Indian journal of veterinary science and animal husbandry - Volumes 18-21, 1948-1951
Year: 1948
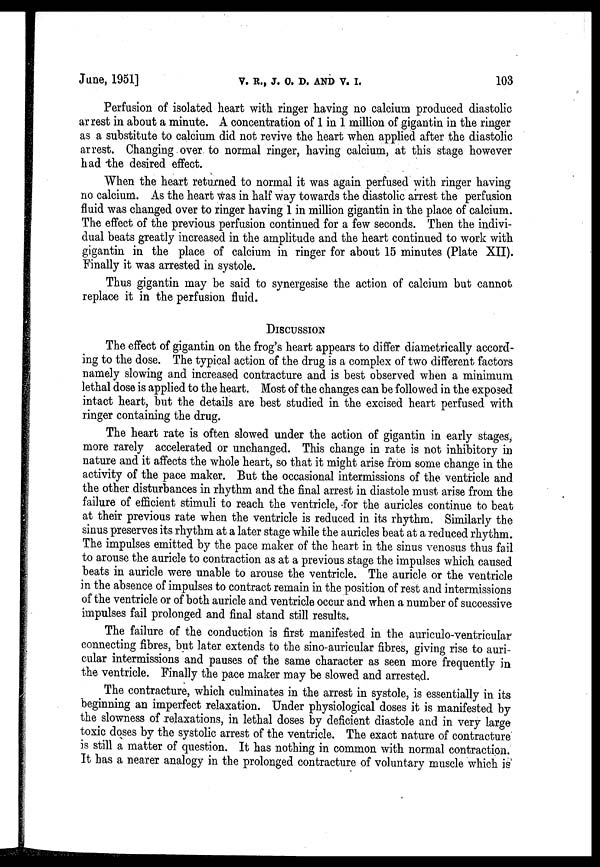
June, 1951]
V.
R.,
J.
O.
D.
AND
V.
I
103
Perfusion of isolated heart with ringer having no calcium produced diastolic
arrest in about a minute. A concentration of 1 in 1 million of gigantin in the ringer
as a substitute to calcium did not revive the heart when applied after the diastolic
arrest. Changing over to normal ringer, having calcium, at this stage however
had the desired effect.
When the heart returned to normal it was again perfused with ringer having
no calcium. As the heart was in half way towards the diastolic arrest the perfusion
fluid was changed over to ringer having 1 in million gigantin in the place of calcium.
The effect of the previous perfusion continued for a few seconds. Then the indivi-
dual beats greatly increased in the amplitude and the heart continued to work with
gigantin in the place of calcium in ringer for about 15 minutes (Plate XII).
Finally it was arrested in systole.
Thus gigantin may be said to synergesise the action of calcium but cannot
replace it in the perfusion fluid.
DISCUSSION
The effect of gigantin on the frog's heart appears to differ diametrically accord-
ing to the dose. The typical action of the drug is a complex of two different factors
namely slowing and increased contracture and is best observed when a minimum
lethal dose is applied to the heart. Most of the changes can be followed in the exposed
intact heart, but the details are best studied in the excised heart perfused with
ringer containing the drug.
The heart rate is often slowed under the action of gigantin in early stages,
more rarely accelerated or unchanged. This change in rate is not inhibitory in
nature and it affects the whole heart, so that it might arise from some change in the
activity of the pace maker. But the occasional intermissions of the ventricle and
the other disturbances in rhythm and the final arrest in diastole must arise from the
failure of efficient stimuli to reach the ventricle, -for the auricles continue to beat
at their previous rate when the ventricle is reduced in its rhythm. Similarly the
sinus preserves its rhythm at a later stage while the auricles beat at a reduced rhythm.
The impulses emitted by the pace maker of the heart in the sinus venosus thus fail
to arouse the auricle to contraction as at a previous stage the impulses which caused
beats in auricle were unable to arouse the ventricle. The auricle or the ventricle
in the absence of impulses to contract remain in the position of rest and intermissions
of the ventricle or of both auricle and ventricle occur and when a number of successive
impulses fail prolonged and final stand still results.
The failure of the conduction is first manifested in the auriculo-ventricular
connecting fibres, but later extends to the sino-auricular fibres, giving rise to auri-
cular intermissions and pauses of the same character as seen more frequently in
the ventricle. Finally the pace maker may be slowed and arrested.
The contracture, which culminates in the arrest in systole, is essentially in its
beginning an imperfect relaxation. Under physiological doses it is manifested by
the slowness of relaxations, in lethal doses by deficient diastole and in very large
toxic doses by the systolic arrest of the ventricle. The exact nature of contracture
is still a matter of question. It has nothing in common with normal contraction.
It has a nearer analogy in the prolonged contracture of voluntary muscle which is